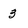
Character: 3